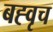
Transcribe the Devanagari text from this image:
बह्वृच